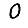
Digit: 0